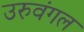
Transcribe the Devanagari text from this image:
उरुवंगल